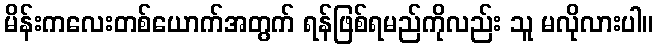
မိန်းကလေးတစ်ယောက်အတွက် ရန်ဖြစ်ရမည်ကိုလည်း သူ မလိုလားပါ။